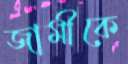
জামীকে